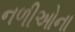
નળીઓના